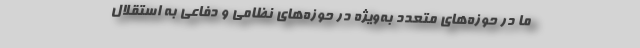
ما در حوزه‌های متعدد به‌ویژه در حوزه‌های نظامی و دفاعی به استقلال